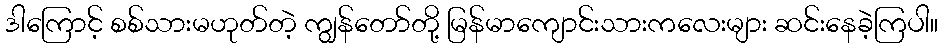
ဒါကြောင့် စစ်သားမဟုတ်တဲ့ ကျွန်တော်တို့ မြန်မာကျောင်းသားကလေးများ ဆင်းနေခဲ့ကြပါ။